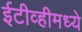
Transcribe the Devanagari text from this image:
ईटीव्हीमध्ये